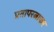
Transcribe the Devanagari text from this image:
प्रतापरत्नाकर